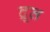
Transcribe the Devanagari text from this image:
द्रूत